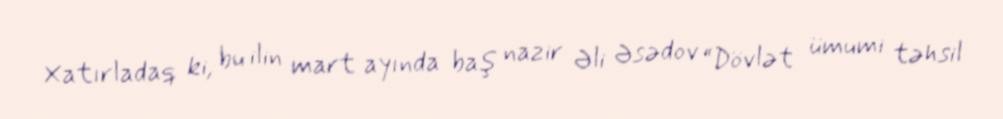
Xatırladaq ki, bu ilin mart ayında baş nazir Əli Əsədov “Dövlət ümumi təhsil